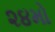
૨૪મો